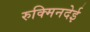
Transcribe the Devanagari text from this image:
रुक्मिनदेई